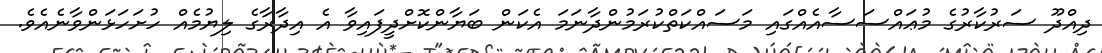
ދިއްދޫ ސަރުކާރުގެ މުޢައްސަސާއެއްގައި މަސައްކަތްކުރަމުންދާނަމަ އެކަން ބަޔާންކޮށްދީފައިވާ އެ އިދާރާގެ ލިޔުމެއް ހުށަހަޅަންވާނެއެވެ.